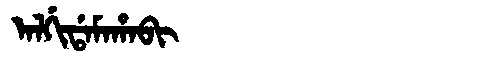
Manchu: ᠠᠯᡤᡳᡩᠠᠮᠠᡥᠠᠪᡳ
Romanization: ALGIDAMAHABI